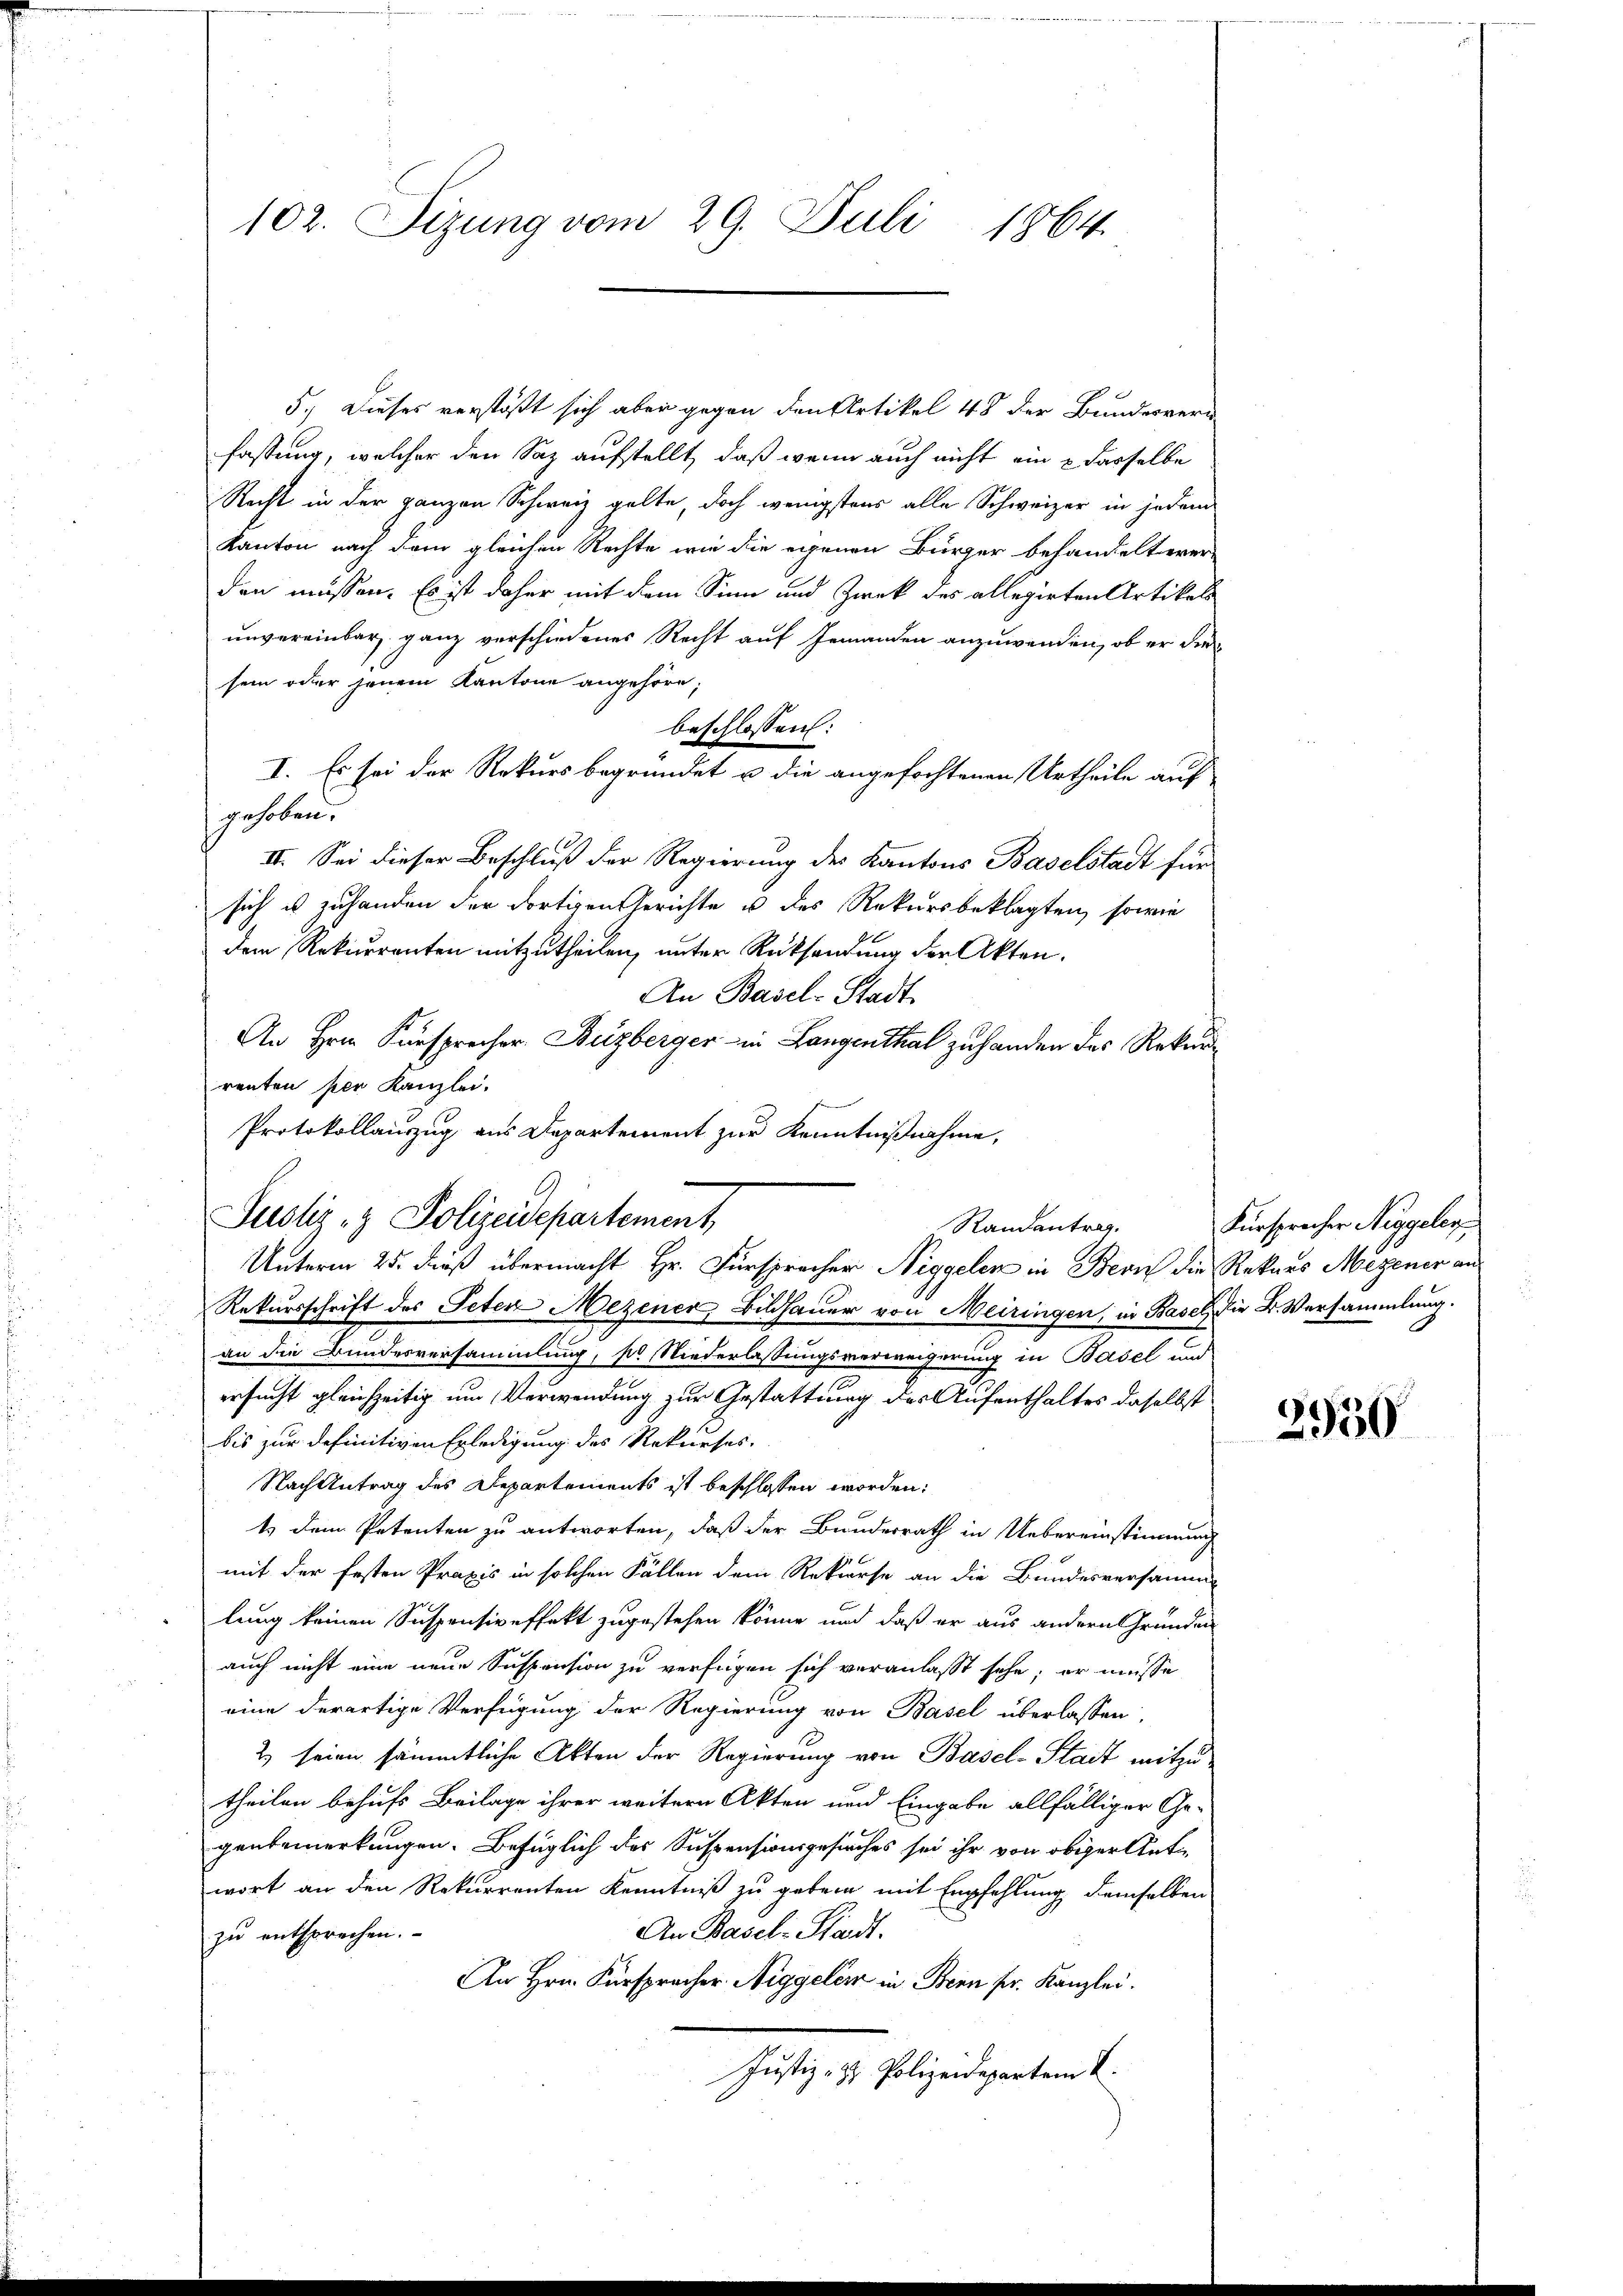
102. Sizung vom 29. Juli 1864.

5.) Dieses verstößt sich aber gegen den Artikel 48 der Bundesver
fassung, welcher den Saz aufstellt, daß wenn auch nicht ein & dasselbe
Recht in der ganzen Schweiz gelte, doch wenigstens alle Schweizer in jedem
Kanton nach dem gleichen Rechte wie die eigenen Bürger behandelt wer-
den müssen. Es ist daher mit dem Sinn und Zwek des allegirten Artikels
unvereinbar ganz verschiedenes Recht auf Jemanden anzuwenden, ob er die
sein oder jenem Kantone angehöre;
beschlossen:
I. Es sei der Rekurs begründet u die angefochtenen Urtheile auf
gehoben.
II. Sei dieser Beschluß der Regierung des Kantons Baselstadt für
sich u. zuhanden der dortigen Gerichte u des Rekursbeklagten, sowie
dem Rekurrenten mitzutheilen, unter Rücksendung der Akten.
An Basel-Stadt.
An Herrn Fürsprecher Buzberger in Langenthal zu handen das Rekurrenten per Kanzlei.
Protokollauszug aus Departement zur Kenntnißnahme,
Unterm 25. dieß übermacht Hr. Fürspracher Niggelen in Bern die Rekurs Mezener an¬
Rekursschrift des Peten Mezener, Bildhauer von Meiringen, in Basel, die B. Versammlung.
an die Bundesversammlung, pr. Niederlassungsverweigerung in Basel und
ersucht gleichzeitig um Verwendung zur Gestattung des Aufenthaltes daselbst
bis zur definitiven Erledigung des Rekurses.
Nach Antrag des Departements ist beschlossen worden:
t dem Petenten zu antworten, daß der Bundesrath in Uebereinstimmung
mit der festen Praxis in solchen Fällen dem Rekurse an die Bundesversamm-
lung keinen Suspensiveffekt zugestehen könne und daß er aus andern Grunden
auch nicht eine neue Suspension zu verfügen sich veranlasst sehe, er müsse
eine derartige Verfügung der Regierung von Basel überlassen,
2) seien sämmtliche Akten der Regierung von Basel-Stadt mitzutheilen behufs Beilage ihrer weitern Akten und Eingabe allfälliger Ge-
genbemerkungen. Bezüglich des Suspensionsgesuches sei ihr von obiger Ant
wort an den Rekurrenten Kenntniß zu geben mit Empfehlung demselben
An Basel-Stadt.
zu entsprechen.
An Hrn. Fürspracher Niggeler in Bern pr. Kanzlei.
Justiz- & Polizeidepartem L.

Justiz- & Polizeidepartement,

Randentrag.

Fürsprecher Niggeler

2930